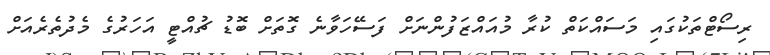
ރިސޯޓްތަކުގައި މަސައްކަތް ކުރާ މުއައްޒަފުންނަށް ފަސޭހަވާނެ ގޮތަށް ބޮޑު ޗުއްޓީ އަހަރުގެ މެދުތެރެއަށް